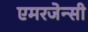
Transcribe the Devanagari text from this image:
एमरजेन्सी